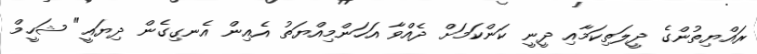
ރައްޔިތުންގެ ދީލަތިކަމާއި ދީނީ ކަންކަމަށް ދެއްވާ އަހަންމިއްޔަތު އެއިން އެނގިގެން ދިޔައީ" ޝަހީމް